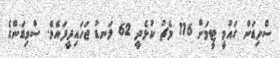
ސްވިޑަން ގައުމީ ޓީމަށް 116 މެޗު ކުޅެދީ 62 ލަނޑު ޖަހައިދީފައެވެ. ސްވިޑަންގެ